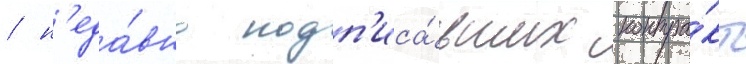
/ н'еда́вно подп'иса́вших контра́кт